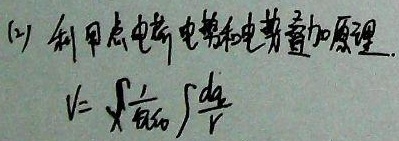
(1) 利用点电荷电势和电势叠加原理 \(V = \frac{1}{4\pi\epsilon_0}\int\frac{dq}{r}\)